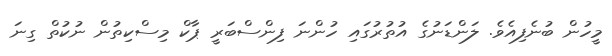
މީހުން ބުނެފިއެވެ. ލަންޑަނުގެ އުތުރުގައި ހުންނަ ފިންސްބަރީ ޕާކް މިސްކިތުން ނުކުތް ގިނަ